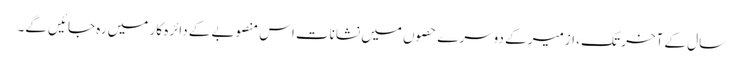
سال کے آخر تک ، ازمیر کے دوسرے حصوں میں نشانات اس منصوبے کے دائرہ کار میں رہ جائیں گے۔